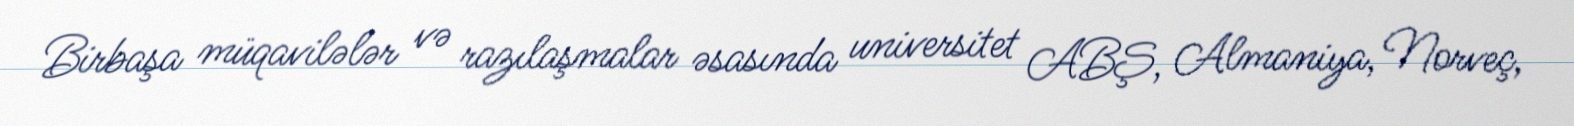
Birbaşa müqavilələr və razılaşmalar əsasında universitet ABŞ, Almaniya, Norveç,